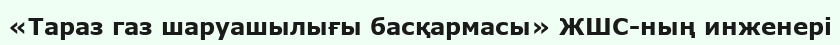
«Тараз газ шаруашылығы басқармасы» ЖШС-ның инженері